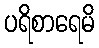
ပရိစာရေမိ